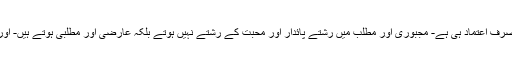
چاہے کویُ بھی رشتہ ہو، خاندانی ہو کاروباری ، سفارتی ہو یا ریاستی، ان سب کی بنیاد صرف اعتماد ہی ہے- مجبوری اور مطلب میں رشتے پائدار اور محبت کے رشتے نہیں ہوتے بلکہ عارضی اور مطلبی ہوتے ہیں- اور ایسے رشتے بہت جلد ختم ہو جاتے ہیں- اعتماد کا رشتہ ہم مزاجوں میں قائم ہوا کرتا ہے۔